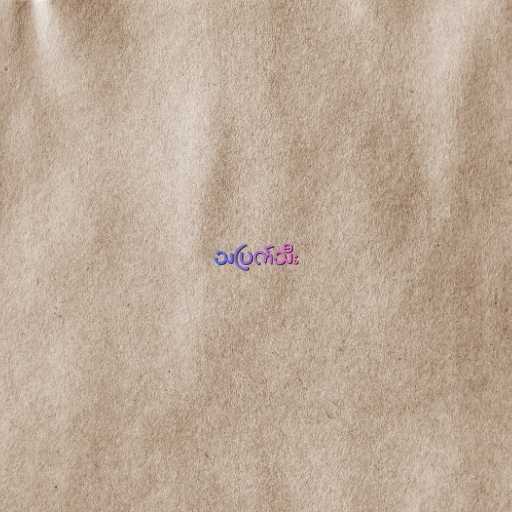
သပြက်သီး